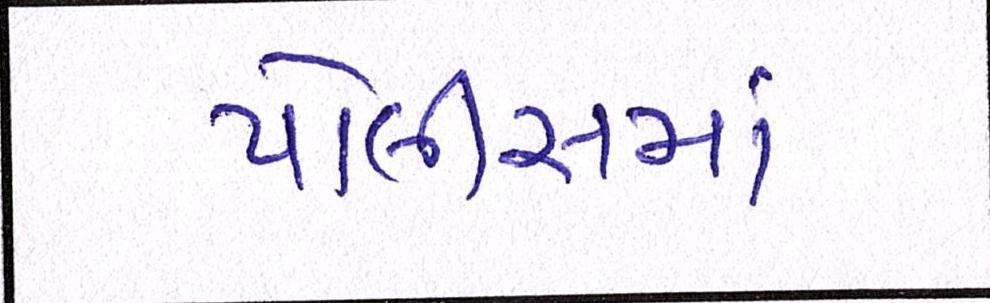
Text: પોલીસમાં